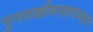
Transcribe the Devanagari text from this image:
पुनरुज्जीवनादरम्यान